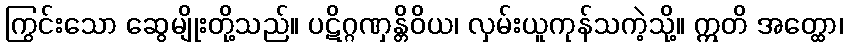
ကြွင်းသော ဆွေမျိုးတို့သည်။ ပဋိဂ္ဂဏှန္တိဝိယ၊ လှမ်းယူကုန်သကဲ့သို့။ ဣတိ အတ္ထော၊